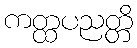
ကတ္ထပညတ္တိ